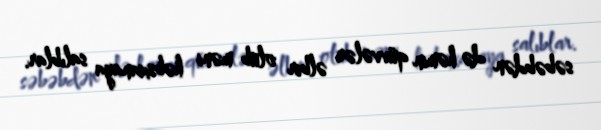
səbəbdən də həmin qüvvələr əlbir olub məni həbsxanaya salıblar.